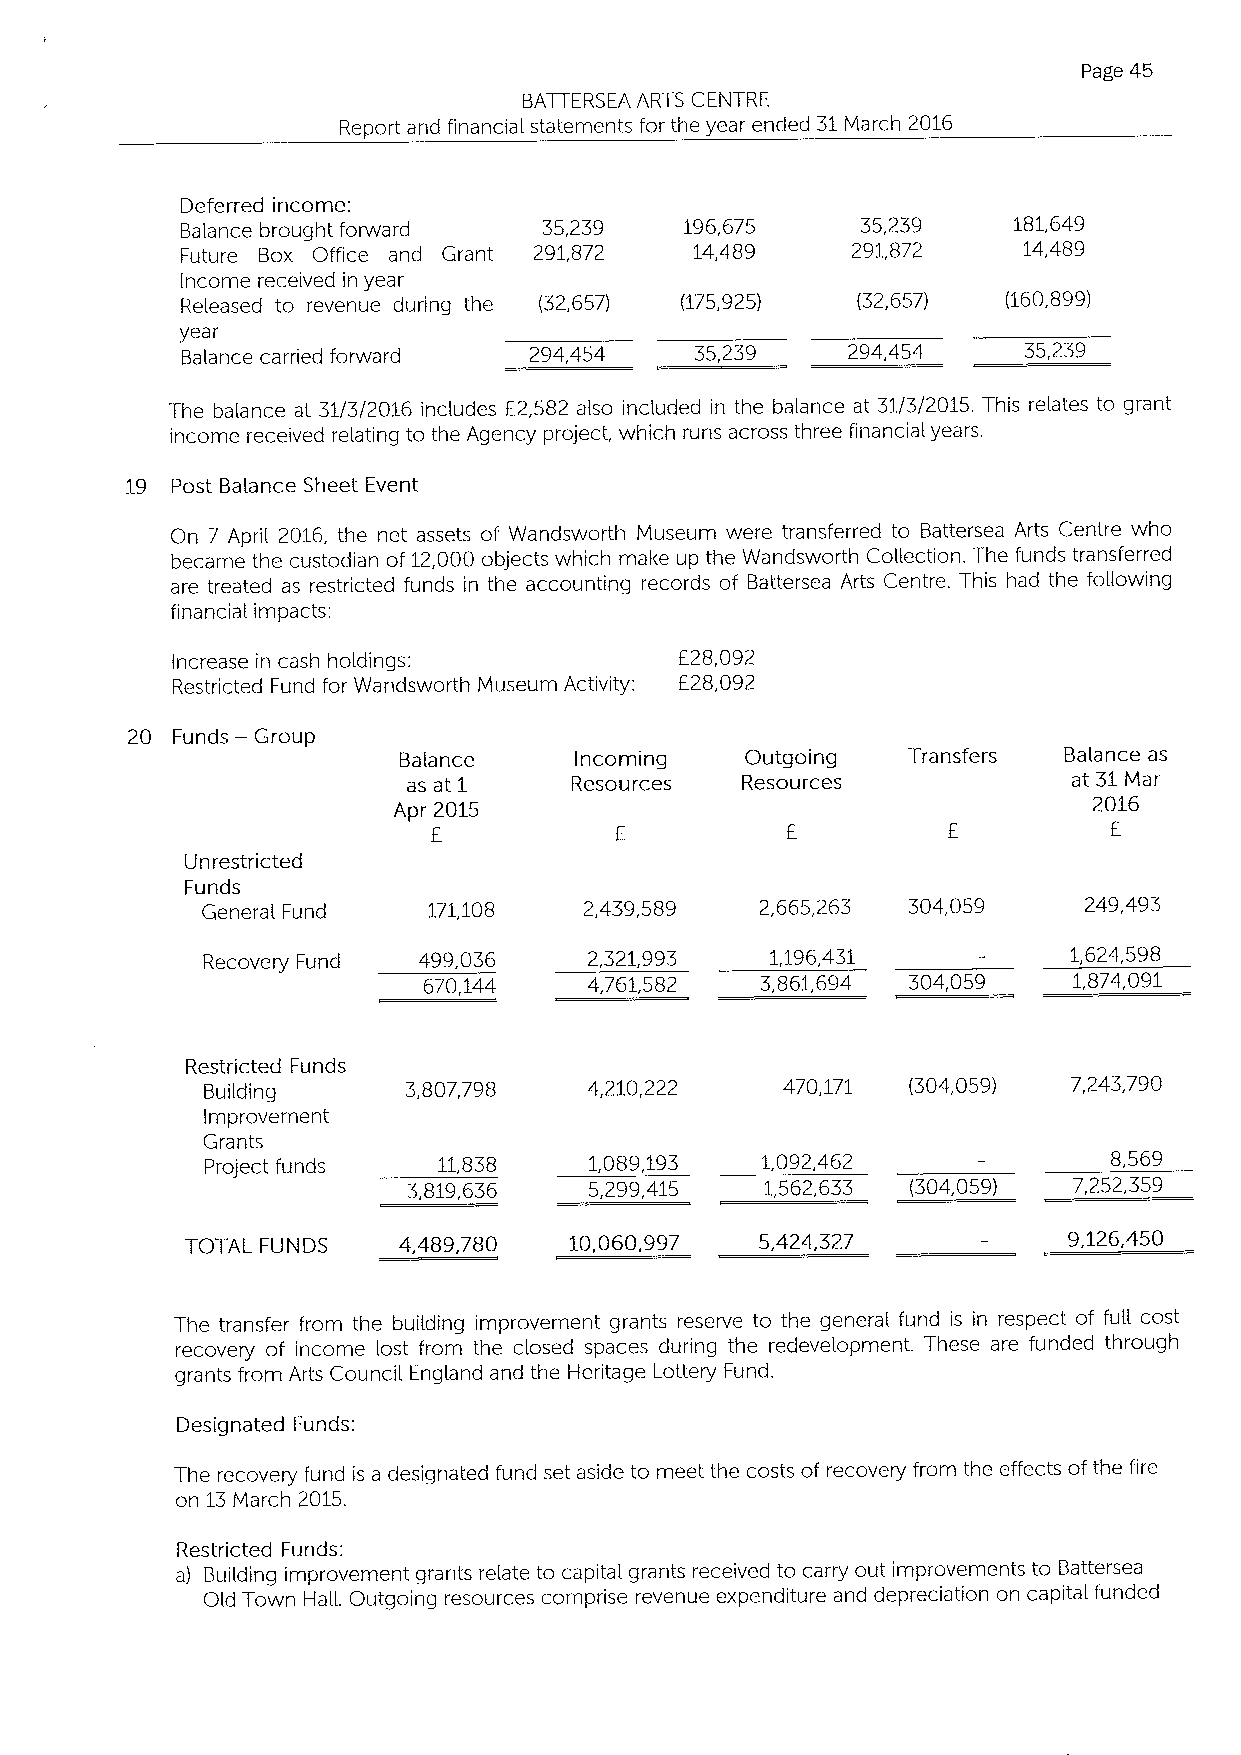
Page 45
 BATTERSEA ARTS CENTRE
 Report and financial statements for the year ended 31March 2016
 Deferred income:
 Balance brought forward 35,239   196,675     35,239    181,649
 Future Box Office and Grant 291,872 14,489  291,872     14,489
 Income received in year
 Released to revenue during the (32,657) (175,925) (32,657) (160,899)
 year
 Balance carried forward 294,454   35,239    294,454     35,239
 The balance at 31/3/2016 includes E2,582 also included in the balance at 31/3/2015. This relates to grant
 income received relating to the Agency project, which runs across three financial years.
 19 Post Balance Sheet Event
 On 7 April 2016, the net assets of Wandsworth Museum were transferred to Battersea Arts Centre who
 became the custodian of 12,000 objects which make up the Wandsworth Collection. The funds transferred
 are treated as restricted funds in the accounting records of Battersea Arts Centre. This had the following
 financial impacts:
 Increase in cash holdings:        E28,092
 Restricted Fund for Wandsworth Museum Activity: E28,092
 20 Funds — Group
 Balance     Incoming   Outgoing   Transfers Balance as
 as at1     Resources  Resources             at 31Mar
 Apr 2015                                      2016
 E                                           E.
 Unrestricted
 Funds
 General Fund   171,108    2,439,589  2,665,263 304,059     249,493
 Recovery Fund  499,036    2,321,993   1,196,431           1,624,598
 670,144    4,761,582  3,861,694 304,059    1,874,091
 Restricted Funds
 Building     3,807,798   4,210,222    470,171 (304,059)  7,243,790
 Improvement
 Grants
 Project funds  11,838    1,089,193  1,092,462              8,569
 3,819,636   5,299,415   1,562,633 (304,059) 7,252,359
 TOTAL FUNDS   4,489,780   10,060,997  5,424,327            9,126,450
 The transfer from the building improvement grants reserve to the general fund is in respect of full cost
 recovery of income lost from the closed spaces during the redevelopment. These are funded through
 grants from Arts Council England and the Heritage Lottery Fund.
 Designated Funds:
 The recovery fund is a designated fund set aside to meet the costs of recovery from the effects ofthe fire
 on 13March 2015.
 Restricted Funds:
 a) Building improvement grants relate to capital grants received to carry out improvements to Battersea
 Old Town Hall. Outgoing resources comprise revenue expenditure and depreciation on capital funded